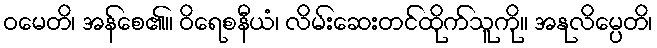
ဝမေတိ၊ အန်စေ၏။ ဝိရေစနီယံ၊ လိမ်းဆေးတင်ထိုက်သူကို။ အနုလိမ္ပေတိ၊